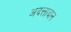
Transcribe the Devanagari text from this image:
अदत्तादान